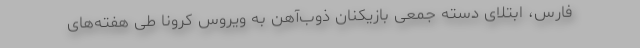
فارس، ابتلای دسته جمعی بازیکنان ذوب‌آهن به ویروس کرونا طی هفته‌های